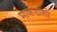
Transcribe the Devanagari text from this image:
माकडांशी